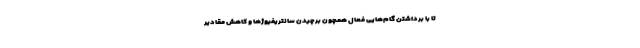
تا با برداشتن گام‌هایی فعال همچون برچیدن سانتریفیوژها و کاهش مقادیر